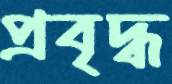
প্রবৃদ্ধ